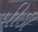
પીડા